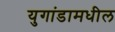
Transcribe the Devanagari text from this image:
युगांडामधील